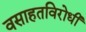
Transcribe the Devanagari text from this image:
वसाहतविरोधी